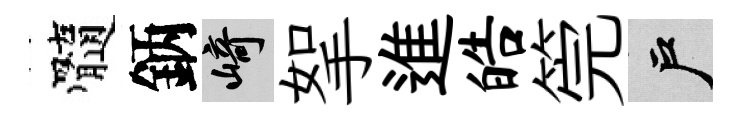
髓鈵崎挐進皓筦户